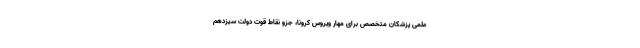
علمی پزشکان متخصص برای مهار ویروس کرونا، جزو نقاط قوت دولت سیزدهم